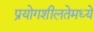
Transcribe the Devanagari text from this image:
प्रयोगशीलतेमध्ये